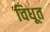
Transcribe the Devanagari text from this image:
विधूत